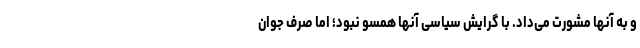
و به آنها مشورت می‌داد. با گرایش سیاسی آنها همسو نبود؛ اما صرف جوان